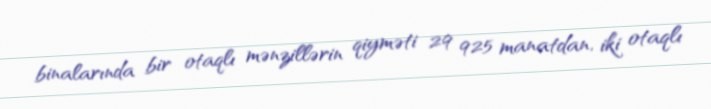
binalarında bir otaqlı mənzillərin qiyməti 29 925 manatdan, iki otaqlı